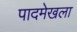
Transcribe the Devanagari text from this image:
पादमेखला